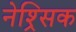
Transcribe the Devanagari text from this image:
नेश्र्सिक